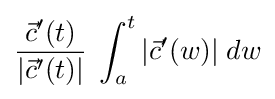
{\frac {{\vec {c}}'(t)}{|{\vec {c}}'(t)|}}\;\int _{a}^{t}|{\vec {c}}'(w)|\;dw